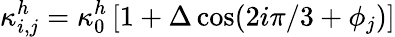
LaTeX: \kappa_{i,j}^{h}=\kappa_{0}^{h}\left[1+\Delta\cos(2i\pi/3+\phi_{j})\right]